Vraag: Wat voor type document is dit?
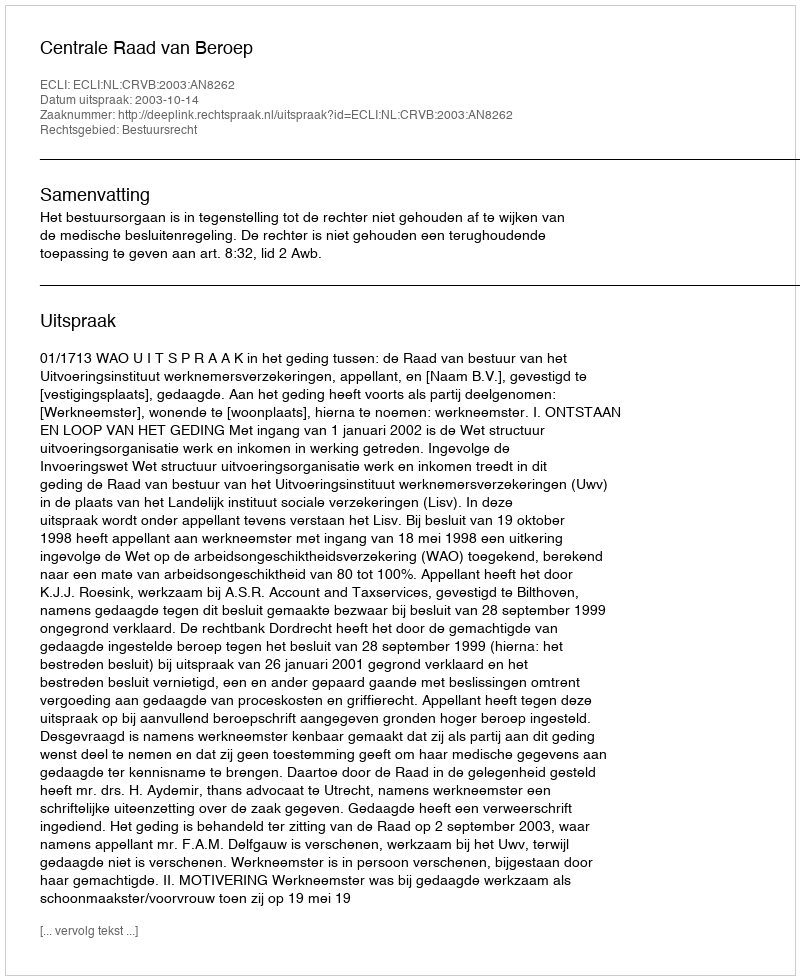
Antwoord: Uitspraak